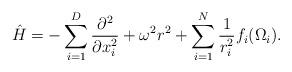
LaTeX: \begin{align*} \hat{H}=-\sum_{i=1}^{D}\frac{\partial^2}{\partial x_i^2}+\omega^2r^2+\sum_{i=1}^{N}\frac{1}{r_i^2}f_i(\Omega_i).\end{align*}